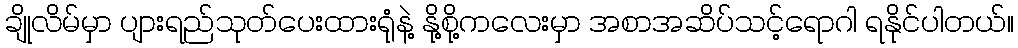
ချိုလိမ်မှာ ပျားရည်သုတ်ပေးထားရုံနဲ့ နို့စို့ကလေးမှာ အစာအဆိပ်သင့်ရောဂါ ရနိုင်ပါတယ်။